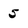
Character: 5